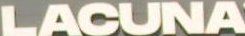
LACUNA